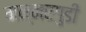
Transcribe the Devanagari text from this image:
मन्नरगुडी